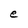
Character: e